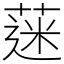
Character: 蒾